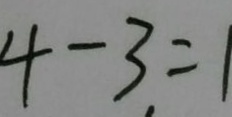
4 - 3 = 1